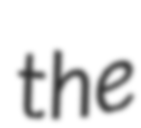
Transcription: the